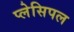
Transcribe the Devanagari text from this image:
प्लेसिपल